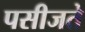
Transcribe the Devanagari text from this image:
पसीजते